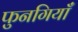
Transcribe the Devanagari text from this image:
फुनगियाँ